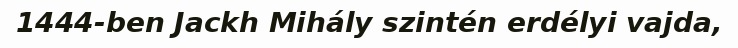
1444-ben Jackh Mihály szintén erdélyi vajda,